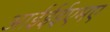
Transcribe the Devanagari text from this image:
आईईईएमए